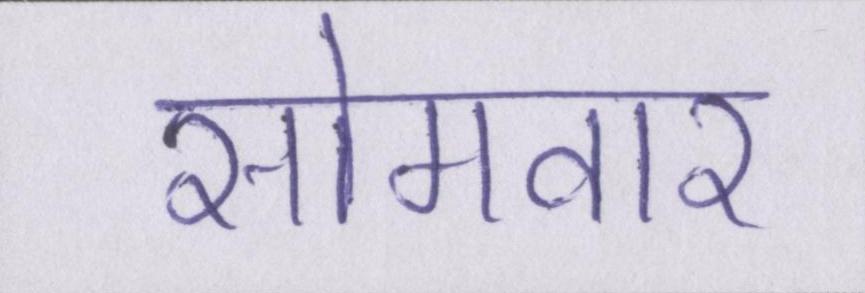
सोमवार